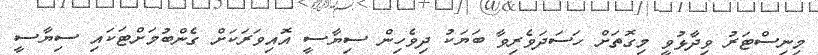
މިނިސްޓަރު ވިދާޅުވީ މިގޮތަށް ހަސަދަވެރިވާ ބަޔަކު ދިވެހިން ސިޔާސީ އޮއިވަރަކަށް ގެންބުމަށްޓަކައި ސިޔާސީ